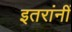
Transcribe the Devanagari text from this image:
इतरांनीं